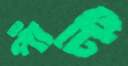
পাঁটি